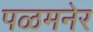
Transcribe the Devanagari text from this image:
पळमनेर